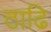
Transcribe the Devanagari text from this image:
ठाढि